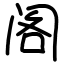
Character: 阁